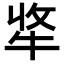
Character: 𤙘